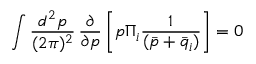
\int { \frac { d ^ { 2 } p } { ( 2 \pi ) ^ { 2 } } \, \frac { \partial } { \partial p } \left[ p \Pi _ { i } \frac { 1 } { ( \bar { p } + \bar { q } _ { i } ) } \right] = 0 }